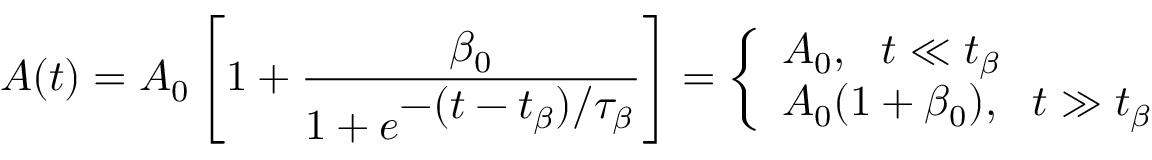
A ( t ) = A _ { 0 } \left[ 1 + \frac { \beta _ { 0 } } { 1 + e ^ { \displaystyle - ( t - t _ { \beta } ) / \tau _ { \beta } } } \right] = \left\{ \begin{array} { l l } { A _ { 0 } , ~ ~ t \ll t _ { \beta } } \\ { A _ { 0 } ( 1 + \beta _ { 0 } ) , ~ ~ t \gg t _ { \beta } } \end{array} \right.